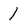
Character: 1